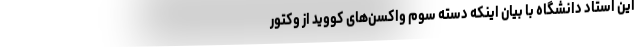
این استاد دانشگاه با بیان اینکه دسته سوم واکسن‌های کووید از وکتور